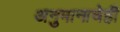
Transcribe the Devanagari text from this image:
अनुमानाचेही